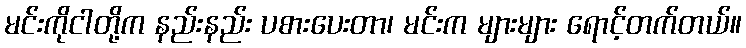
မင်းကိုငါတို့က နည်းနည်း ပစားပေးတာ၊ မင်းက များများ ရောင့်တက်တယ်။